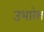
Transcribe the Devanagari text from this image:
उभारेल